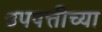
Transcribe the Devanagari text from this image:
उपपत्तीच्या